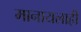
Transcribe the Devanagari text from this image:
मानायलाही